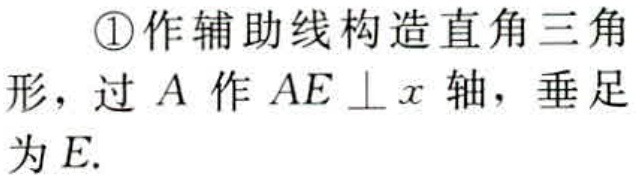
\textcircled{1}作辅助线构造直角三角形，过\(A\)作\(AE \perp x\)轴，垂足为\(E\).